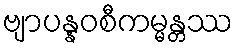
ဗျာပန္နဝစီကမ္မန္တဿ